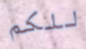
للكم